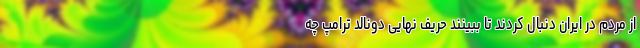
از مردم در ایران دنبال کردند تا ببینند حریف نهایی دونالد ترامپ چه